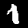
Digit: 1